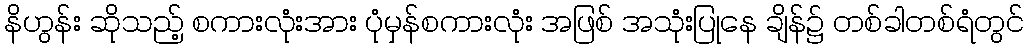
နိဟွန်း ဆိုသည့် စကားလုံးအား ပုံမှန်စကားလုံး အဖြစ် အသုံးပြုနေ ချိန်၌ တစ်ခါတစ်ရံတွင်